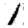
Digit: 1